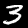
Label: 3